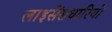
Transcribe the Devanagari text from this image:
लाइसेंसधारियो